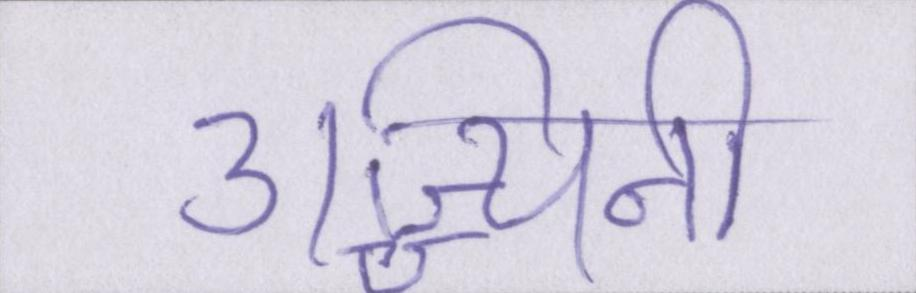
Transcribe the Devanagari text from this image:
उज्ज्यिनी